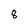
Character: 8